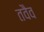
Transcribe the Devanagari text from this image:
तवैव